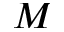
M